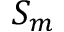
S _ { m }